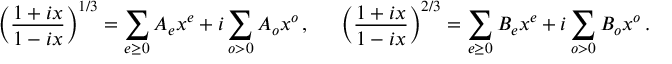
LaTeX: \left( \frac { 1 + i x } { 1 - i x } \right) ^ { 1 / 3 } = \sum _ { e \geq 0 } A _ { e } x ^ { e } + i \sum _ { o > 0 } A _ { o } x ^ { o } \, , ~ ~ ~ ~ \left( \frac { 1 + i x } { 1 - i x } \right) ^ { 2 / 3 } = \sum _ { e \geq 0 } B _ { e } x ^ { e } + i \sum _ { o > 0 } B _ { o } x ^ { o } \, .